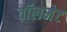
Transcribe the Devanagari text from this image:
वॉलमेट